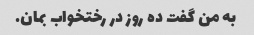
به من گفت ده روز در رختخواب بمان.